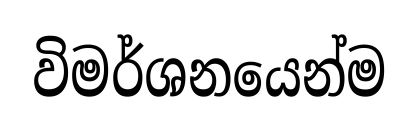
විමර්ශනයෙන්ම